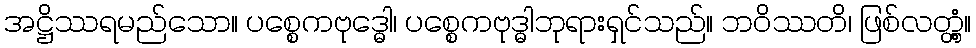
အဋ္ဌိဿရမည်သော။ ပစ္စေကဗုဒ္ဓေါ၊ ပစ္စေကဗုဒ္ဓါဘုရားရှင်သည်။ ဘဝိဿတိ၊ ဖြစ်လတ္တံ့။